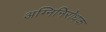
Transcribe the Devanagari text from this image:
अग्निनिरोधक